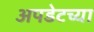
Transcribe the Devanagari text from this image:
अपडेटच्या